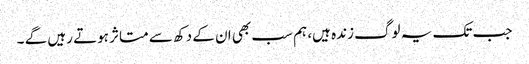
جب تک یہ لوگ زندہ ہیں، ہم سب بھی ان کے دکھ سے متاثر ہوتے رہیں گے ۔